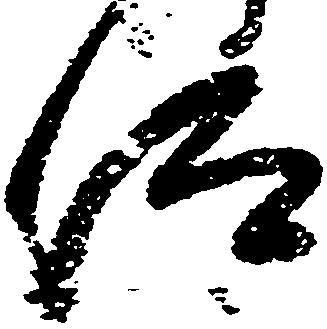
仰